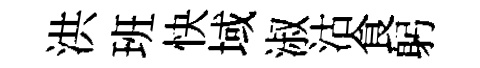
洪班快域淑沽食躬